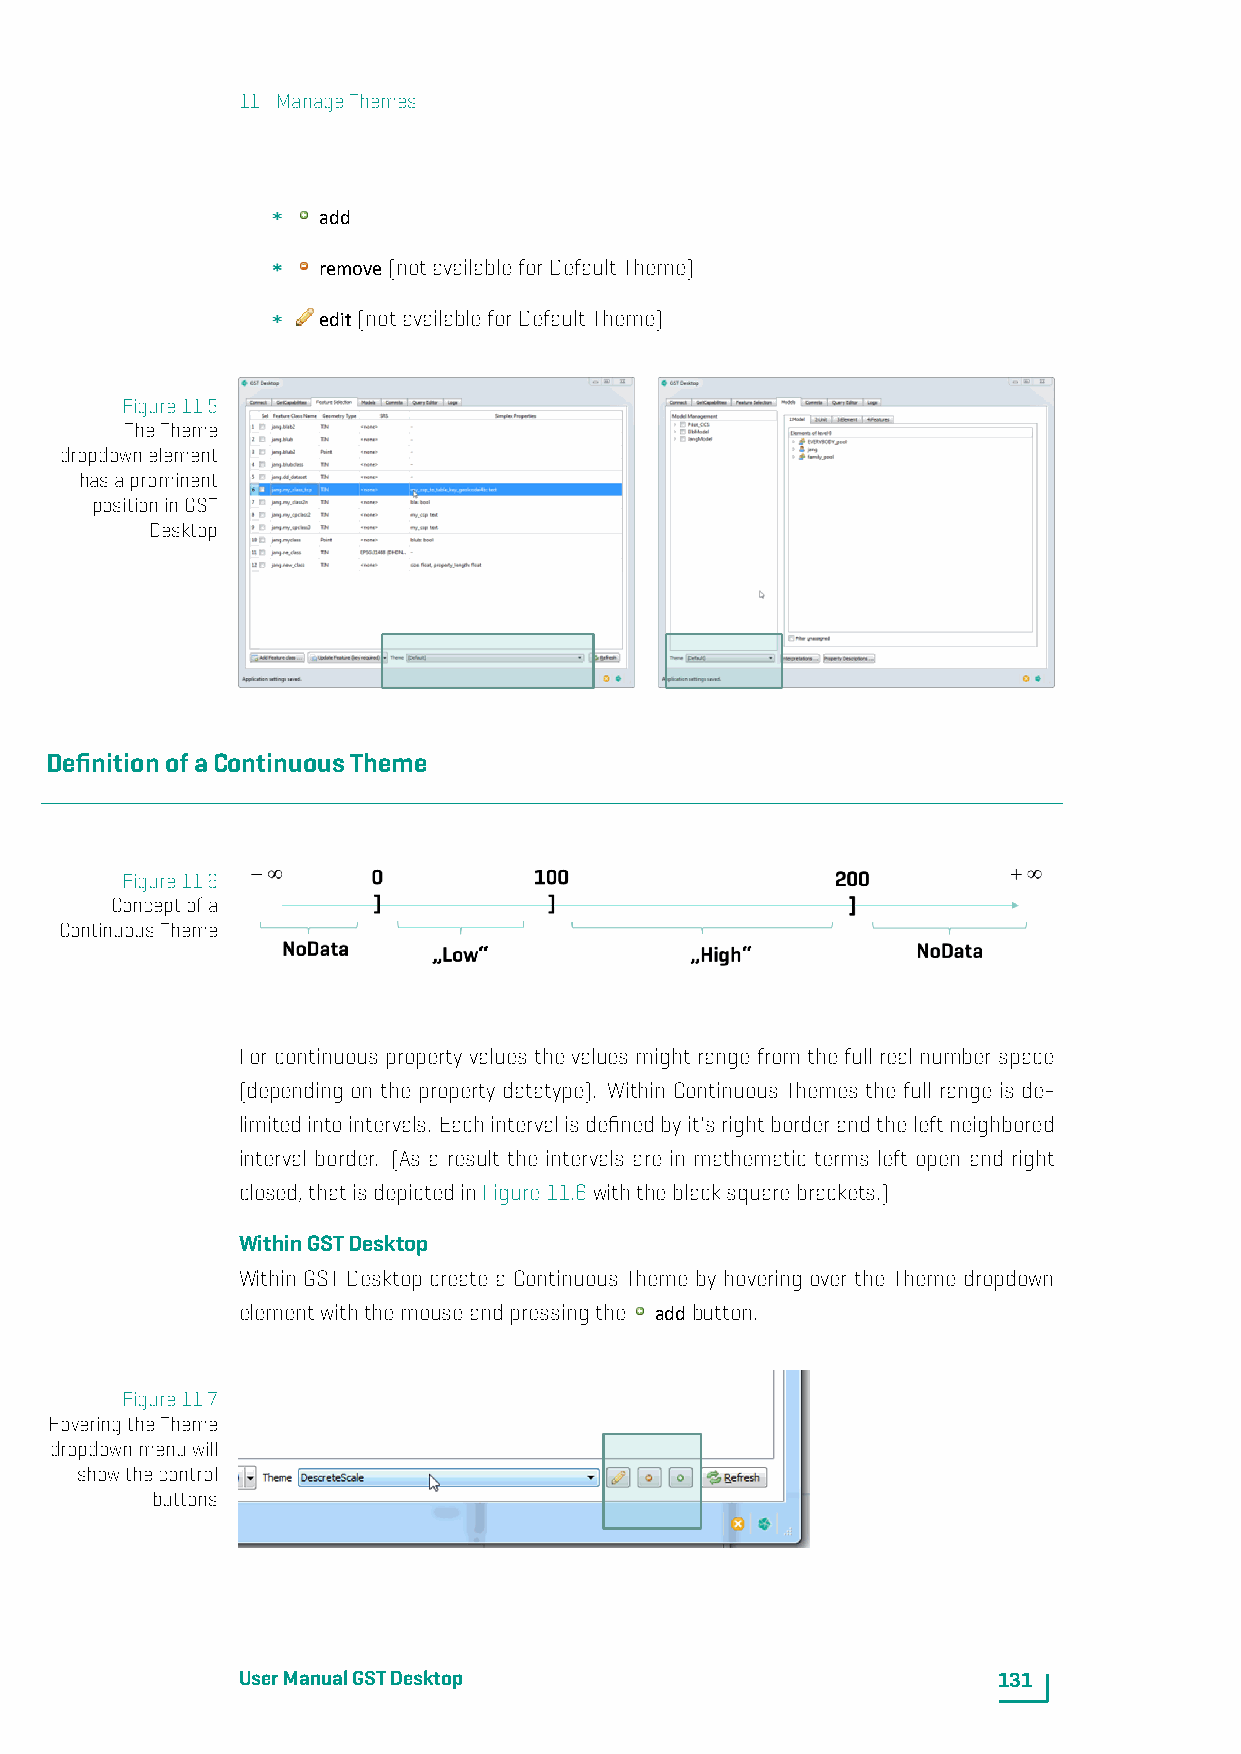
11. ManageThemes
 add
 remove(notavailableforDefaultTheme)
 edit(notavailableforDefaultTheme)
 Figure11.5
 TheTheme
 dropdownelement
 hasaprominent
 positioninGST
 Desktop
 DefinitionofaContinuousTheme
 Figure11.6
 Conceptofa
 ContinuousTheme
 For continuous property valuesthe valuesmight range from the full real number space
 (depending on the property datatype). Within Continuous Themes the full range is de-
 limitedintointervals. Eachintervalisdefinedbyit'srightborderandtheleftneighbored
 interval border. (As a result the intervals are in mathematic terms left open and right
 closed,thatisdepictedinFigure11.6withtheblacksquarebrackets.)
 WithinGSTDesktop
 Within GST Desktop create a Continuous Theme by hovering over the Theme dropdown
 elementwiththemouseandpressingthe addbutton.
 Figure11.7
 HoveringtheTheme
 dropdownmenuwill
 showthecontrol
 buttons
 UserManualGSTDesktop                              131